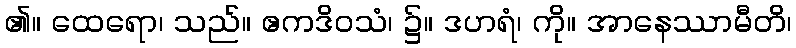
၏။ ထေရော၊ သည်။ ဧကဒိဝသံ၊ ၌။ ဒဟရံ၊ ကို။ အာနေဿာမီတိ၊